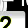
Digit: 2